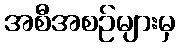
အစီအစဉ်များမှ